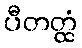
ပီတတ္ထံ